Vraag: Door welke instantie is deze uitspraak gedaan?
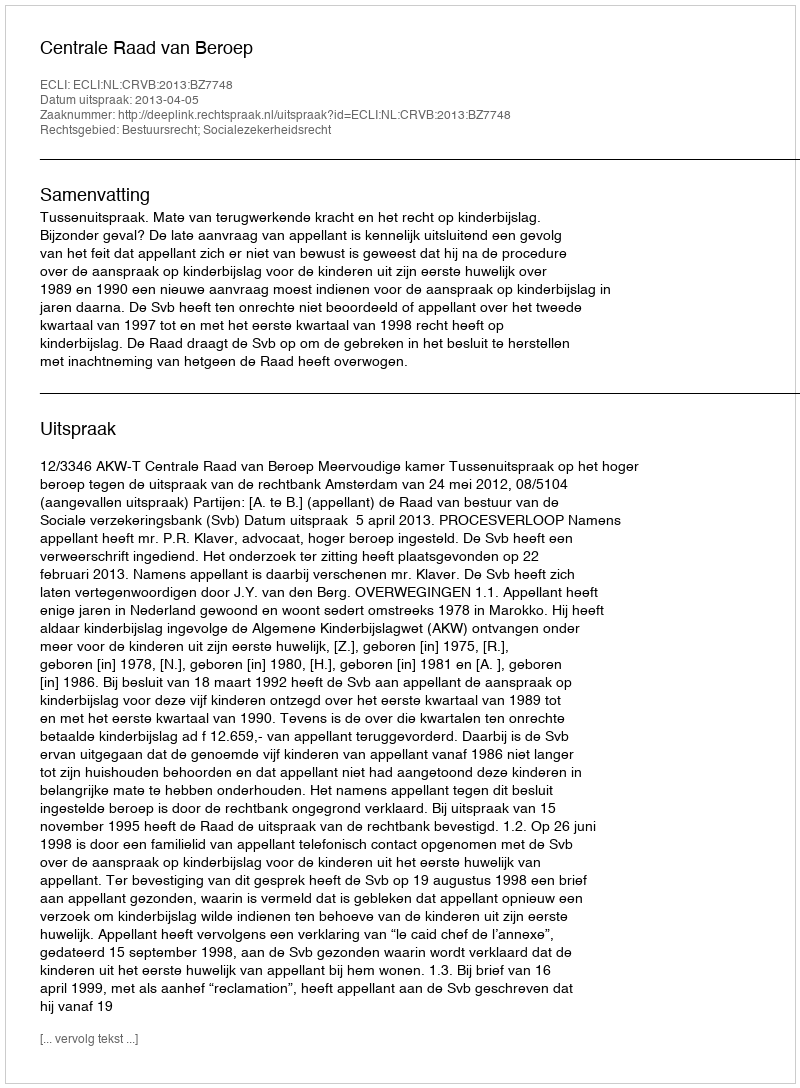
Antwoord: Centrale Raad van Beroep